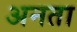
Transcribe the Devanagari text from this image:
अनता